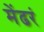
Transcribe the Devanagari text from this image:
मेंढरं